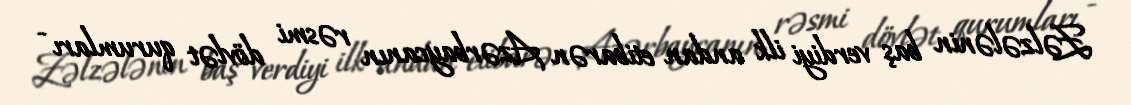
Zəlzələnin baş verdiyi ilk andan etibarən Azərbaycanın rəsmi dövlət qurumları -